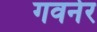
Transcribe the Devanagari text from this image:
गवर्नर